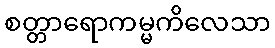
စတ္တာရောကမ္မကိလေသာ